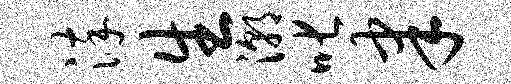
淬生潮叱聿